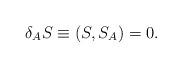
LaTeX: \begin{align*}\delta_A S \equiv (S,S_A) =0.\end{align*}